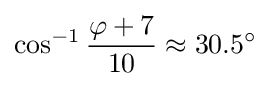
\cos ^{-1}{\frac {\varphi +7}{10}}\approx 30.5^{\circ }